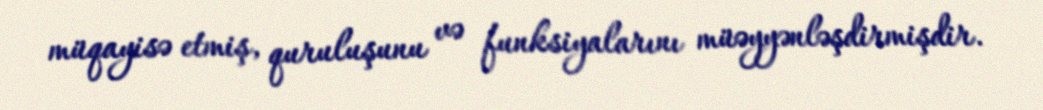
müqayisə etmiş, quruluşunu və funksiyalarını müəyyənləşdirmişdir.